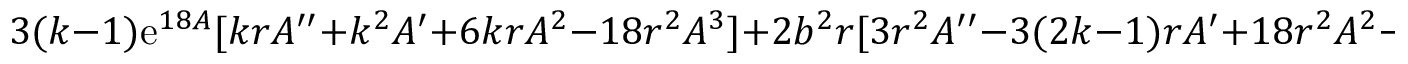
3 ( k - 1 ) \mathrm { e } ^ { 1 8 A } [ k r A ^ { \prime \prime } + k ^ { 2 } A ^ { \prime } + 6 k r A ^ { 2 } - 1 8 r ^ { 2 } A ^ { 3 } ] + 2 b ^ { 2 } r [ 3 r ^ { 2 } A ^ { \prime \prime } - 3 ( 2 k - 1 ) r A ^ { \prime } + 1 8 r ^ { 2 } A ^ { 2 } - k ( k - 1 ) ] = 0 .